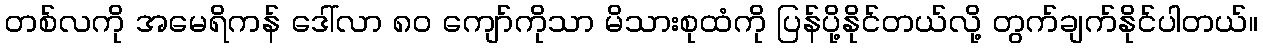
တစ်လကို အမေရိကန် ဒေါ်လာ ၈၀ ကျော်ကိုသာ မိသားစုထံကို ပြန်ပို့နိုင်တယ်လို့ တွက်ချက်နိုင်ပါတယ်။